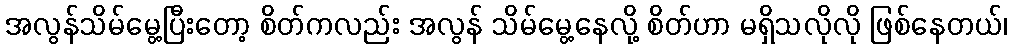
အလွန်သိမ်မွေ့ပြီးတော့ စိတ်ကလည်း အလွန် သိမ်မွေ့နေလို့ စိတ်ဟာ မရှိသလိုလို ဖြစ်နေတယ်၊